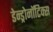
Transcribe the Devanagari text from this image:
डेन्ड्रोनॉटिक्स